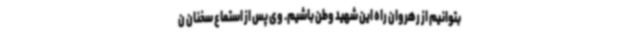
بتوانیم از رهروان راه این شهید وطن باشیم. وی پس از استماع سخنان ن